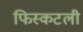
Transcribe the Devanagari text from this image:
फिस्कटली